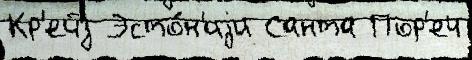
Кр'ейз Эсто́н'иjи Санта Пор'еч